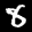
Label: 8